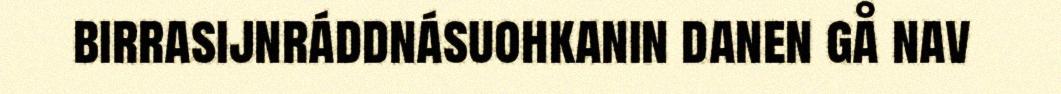
birrasijnráddnásuohkanin danen gå nav